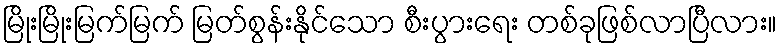
မြိုးမြိုးမြက်မြက် မြတ်စွန်းနိုင်သော စီးပွားရေး တစ်ခုဖြစ်လာပြီလား။